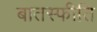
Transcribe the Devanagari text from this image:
बातस्फीति